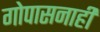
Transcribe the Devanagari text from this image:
गोपासनाही